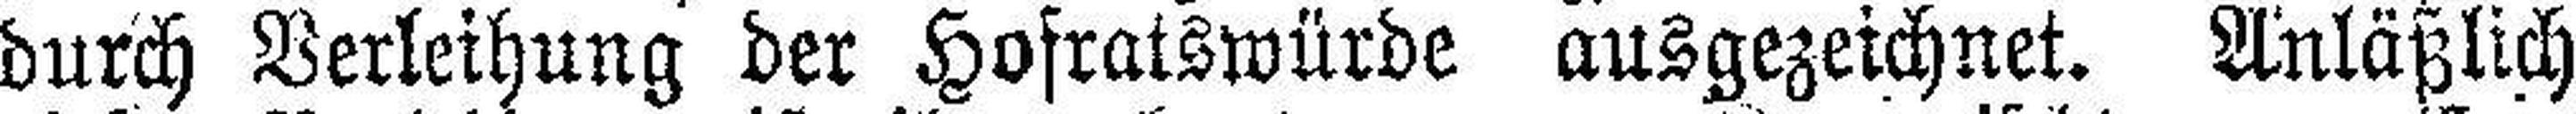
durch Verleihung der Hofratswürde ausgezeichnet. Anläßlich